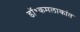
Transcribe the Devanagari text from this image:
डॉ॰कमलाकांत